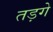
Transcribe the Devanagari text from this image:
तड़गे